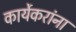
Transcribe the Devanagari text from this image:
कार्येकरांना